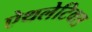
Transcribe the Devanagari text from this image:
ऐथलेटिक्स